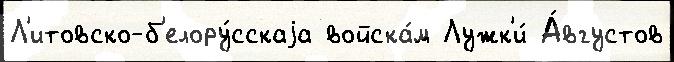
Л'итовско-б'елору́сскаjа войска́м Лужк'и́ А́вгустов